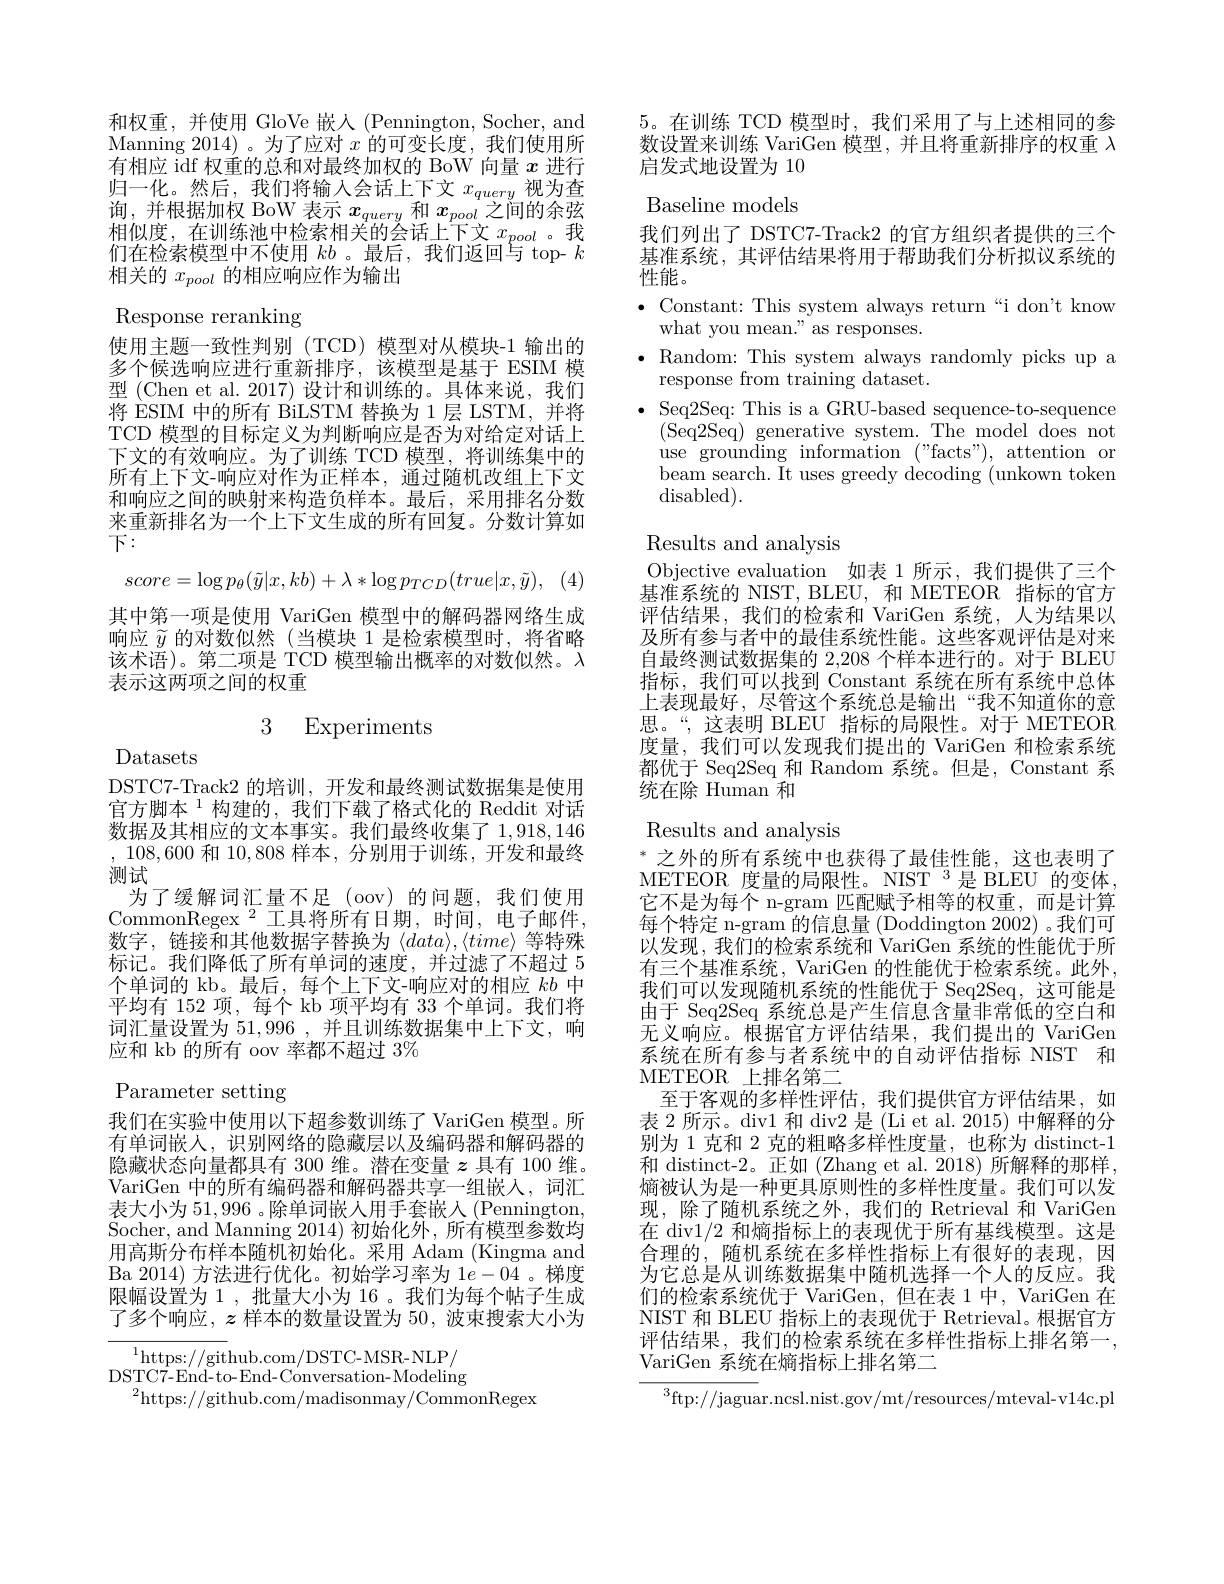
和权重，并使用 GloVe 嵌人 (Pennington, Socher, and Manning 2014) 。为了应对$x$的可变长度，我们使用所有相应 idf 权重的总和对最终加权的 BoW 向量$x$进行归一化。然后，我们将输入会话上下文$x_query$视为查询，并根据加权 BoW 表示$x_{query}$和$x_{pool}$之间的余弦相似度，在训练池中检索相关的会话上下文$x_{pool}$。我们在检索模型中不使用$kb$ 。最后，我们返回与 top- $k$ 相关的$x_{pool}$的相应响应作为输出
Response reranking
使用主题一致性判别(TCD)模型对从模块-1 输出的多个候选响应进行重新排序，该模型是基于 ESIM 模型 (Chen et al. 2017) 设计和训练的。具体来说，我们将 ESIM 中的所有 BiLSTM 替换为 1 层 LSTM, 并将TCD 模型的目标定义为判断响应是否为对给定对话上下文的有效响应。为了训练 TCD 模型，将训练集中的所有上下文-响应对作为正样本，通过随机改组上下文和响应之间的映射来构造负样本。最后，采用排名分数来重新排名为一个上下文生成的所有回复。分数计算如$\vec{\text{下}:}$
$$score=\log p_\theta(\tilde{y}|x,kb)+\lambda*\log p_{TCD}(true|x,\tilde{y}),$$
其中第一项是使用 VariGen 模型中的解码器网络生成响应$\widetilde{y}$的对数似然(当模块 1 是检索模型时，将省略该术语)。第二项是 TCD 模型输出概率的对数似然。$\lambda$ 表示这两项之间的权重

## 3 Experiments

Datasets

DSTC7-Track2 的培训，开发和最终测试数据集是使用官方脚本$^{1}$构建的，我们下载了格式化的 Reddit 对话数据及其相应的文本事实。我们最终收集了1，918,146 ,108,600和10，808样本，分别用于训练，开发和最终测试
为了缓解词汇量不足(oov)的问题，我们使用CommonRegex $^2$工具将所有日期，时间，电子邮件， 数字，链接和其他数据字替换为《$data\rangle,\langle time\rangle$等特殊标记。我们降低了所有单词的速度，并过滤了不超过 5个单词的 kb。最后，每个上下文-响应对的相应$kb$中平均有 152 项，每个 kb 项平均有 33 个单词。我们将词汇量设置为51，996 ,并且训练数据集中上下文，响应和 kb 的所有 oov 率都不超过$3\%$
Parameter setting
我们在实验中使用以下超参数训练了 VariGen 模型。所有单词嵌入，识别网络的隐藏层以及编码器和解码器的隐藏状态向量都具有 300 维。潜在变量$z$具有 100 维。VariGen 中的所有编码器和解码器共享一组嵌入，词汇表大小为51，996 。除单词嵌人用手套嵌人 (Pennington, Socher, and Manning 2014)初始化外，所有模型参数均$\bar{\text{用高斯分布样本随机初始化。采用 Adam (Kingma and}}$ Ba 2014) 方法进行优化。初始学习率为 1$e-04$ 。梯度限幅设置为 1 , 批量大小为 16 。我们为每个帖子生成了多个响应，$z$样本的数量设置为 50, 波束搜索大小为

$^{1}$https://github.com/DSTC-MSR-NLP/ DSTC7- End- to- End- Conversation- Modeling
$^{2}$https://github.com/madisonmay/CommonRegex

5。在训练 TCD 模型时，我们采用了与上述相同的参数设置来训练 VariGen 模型，并且将重新排序的权重$\lambda$ 启发式地设置为 10

Baseline models
我们列出了 DSTC7-Track2 的官方组织者提供的三个基准系统，其评估结果将用于帮助我们分析拟议系统的性能。
$\bullet$ Constant: This system always return“i don't know
what you mean." as responses.
$\bullet$ Random: This system always randomly picks up a
response from training dataset.
$\bullet$ Seq2Seq: This is a GRU-based sequence-to-sequence
(Seq2Seq) generative system. The model does not use grounding information ("facts"), attention or beam search. It uses greedy decoding (unkown token $\operatorname{disabled}).$

Results and analysis
Objective evaluation 如表 1 所示，我们提供了三个基准系统的 NIST, BLEU, 和 METEOR 指标的官方评估结果，我们的检索和 VariGen 系统，人为结果以及所有参与者中的最佳系统性能。这些客观评估是对来自最终测试数据集的 2,208 个样本进行的。对于 BLEU 指标，我们可以找到 Constant 系统在所有系统中总体上表现最好，尽管这个系统总是输出“我不知道你的意思。“,这表明 BLEU 指标的局限性。对于 METEOR 度量，我们可以发现我们提出的 VariGen 和检索系统都优于 Seq2Seq 和 Random 系统。但是，Constant 系统在除 Human 和

Results and analysis

$^*$之外的所有系统中也获得了最佳性能，这也表明了METEOR 度量的局限性。NIST 3是 BLEU 的变体， 它不是为每个 n-gram 匹配赋予相等的权重，而是计算每个特定 n-gram 的信息量 (Doddington 2002) 。我们可以发现，我们的检索系统和 VariGen 系统的性能优于所有三个基准系统，VariGen 的性能优于检索系统。此外我们可以发现随机系统的性能优于 Seq2Seq,这可能是由于 Seq2Seq 系统总是产生信息含量非常低的空白和无义响应。根据官方评估结果，我们提出的 VariGen 系统在所有参与者系统中的自动评估指标 NIST 和METEOR 上排名第二
至于客观的多样性评估，我们提供官方评估结果，如表 2 所示。div1 和 div2 是 (Li et al. 2015) 中解释的分别为 1 克和 2 克的粗略多样性度量，也称为 distinct-1和 distinct-2。正如 (Zhang et al. 2018)所解释的那样， 熵被认为是一种更具原则性的多样性度量。我们可以发现，除了随机系统之外，我们的 Retrieval 和 VariGen 在 div1/2和熵指标上的表现优于所有基线模型。这是合理的，随机系统在多样性指标上有很好的表现，因为它总是从训练数据集中随机选择一个人的反应。我们的检索系统优于 VariGen,但在表 1中，VariGen 在NIST 和 BLEU 指标上的表现优于 Retrieval。根据官方评估结果，我们的检索系统在多样性指标上排名第一， VariGen 系统在熵指标上排名第二
$^{3}$ftp://jaguar.ncsl.nist.gov/mt/resources/mteval-v14c.pl